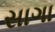
સાગા